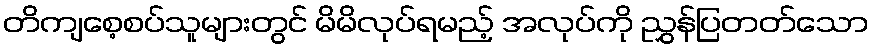
တိကျစေ့စပ်သူများတွင် မိမိလုပ်ရမည့် အလုပ်ကို ညွှန်ပြတတ်သော